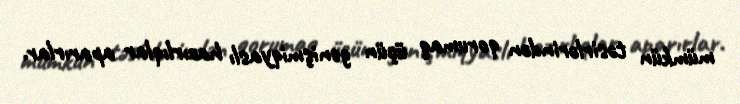
mümkün təsirlərindən qorumaq üçün genişmiqyaslı hazırlıqlar aparırlar.